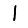
Digit: 1